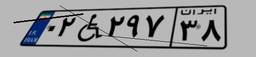
۰۲W۲۹۷۳۸